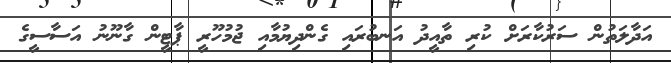
އަދާލަތުން ސަރުކާރަށް ކުރި ތާއީދު އަނބުރައި ގެންދިޔުމާއި ޖުމުހޫރީ ޕާޓީން ގާނޫނު އަސާސީގެ